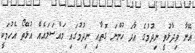
އޭނާ ވިދާޅުވީ ނިދުމުގެ އާދަ ހުންނަ ގޮތާއި ނިދުމުގައި މައްސަލައެއް އުޅޭތޯ އެހުމަކީ